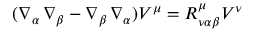
( \nabla _ { \alpha } \, \nabla _ { \beta } - \nabla _ { \beta } \, \nabla _ { \alpha } ) V ^ { \mu } = R _ { \nu \alpha \beta } ^ { \mu } V ^ { \nu }